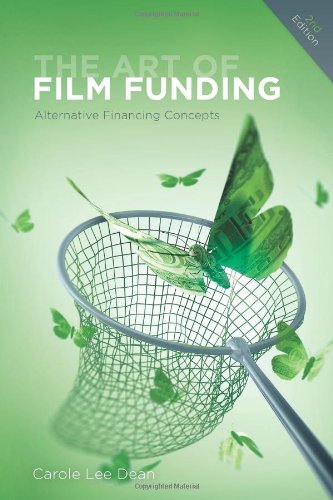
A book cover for The Art of Film Funding, 2nd edition: Alternative Financing Concepts; Carole Lee Dean; Humor & Entertainment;